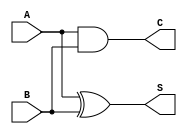
module half_adder (
    input wire A, // First operand
    input wire B, // Second operand
    output wire S, // Sum output
    output wire C  // Carry output
);

// Internal Logic for Sum and Carry
assign S = A ^ B; // Sum is the result of A XOR B
assign C = A & B; // Carry is the result of A AND B

endmodule